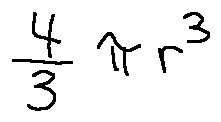
\frac { 4 } { 3 } \pi r ^ { 3 }